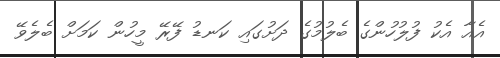
އެއާ އެކު ފުލުހުންގެ ބެލުމުގެ ދަށުގައި ކަނޑު ފޭރޭ މީހުން ކަމަށް ބެލެވޭ